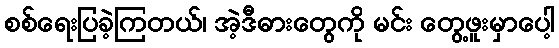
စစ်ရေးပြခဲ့ကြတယ်၊ အဲ့ဒီဓားတွေကို မင်း တွေ့ဖူးမှာပေါ့